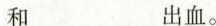
和___出血。